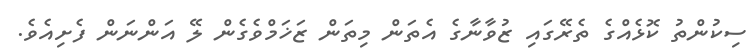
ސިކުންތު ކޮޅެއްގެ ތެރޭގައި ޒުވާނާގެ އެތަން މިތަން ޒަޚަމްވެގެން ލޭ އަންނަން ފެށިއެވެ.